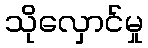
သိုလှောင်မှု